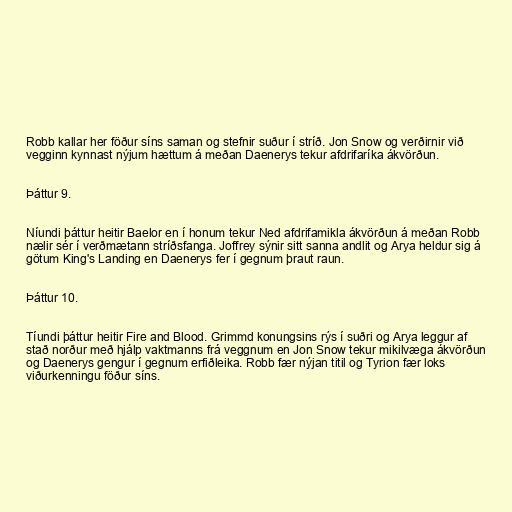
Robb kallar her föður síns saman og stefnir suður í stríð. Jon Snow og verðirnir við
vegginn kynnast nýjum hættum á meðan Daenerys tekur afdrifaríka ákvörðun.

Þáttur 9.

Níundi þáttur heitir Baelor en í honum tekur Ned afdrifamikla ákvörðun á meðan Robb
nælir sér í verðmætann stríðsfanga. Joffrey sýnir sitt sanna andlit og Arya heldur sig á
götum King's Landing en Daenerys fer í gegnum þraut raun.

Þáttur 10.

Tíundi þáttur heitir Fire and Blood. Grimmd konungsins rýs í suðri og Arya leggur af
stað norður með hjálp vaktmanns frá veggnum en Jon Snow tekur mikilvæga ákvörðun
og Daenerys gengur í gegnum erfiðleika. Robb fær nýjan titil og Tyrion fær loks
viðurkenningu föður síns.